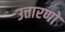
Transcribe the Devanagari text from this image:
उत्तारणो